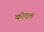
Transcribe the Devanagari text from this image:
कोदल